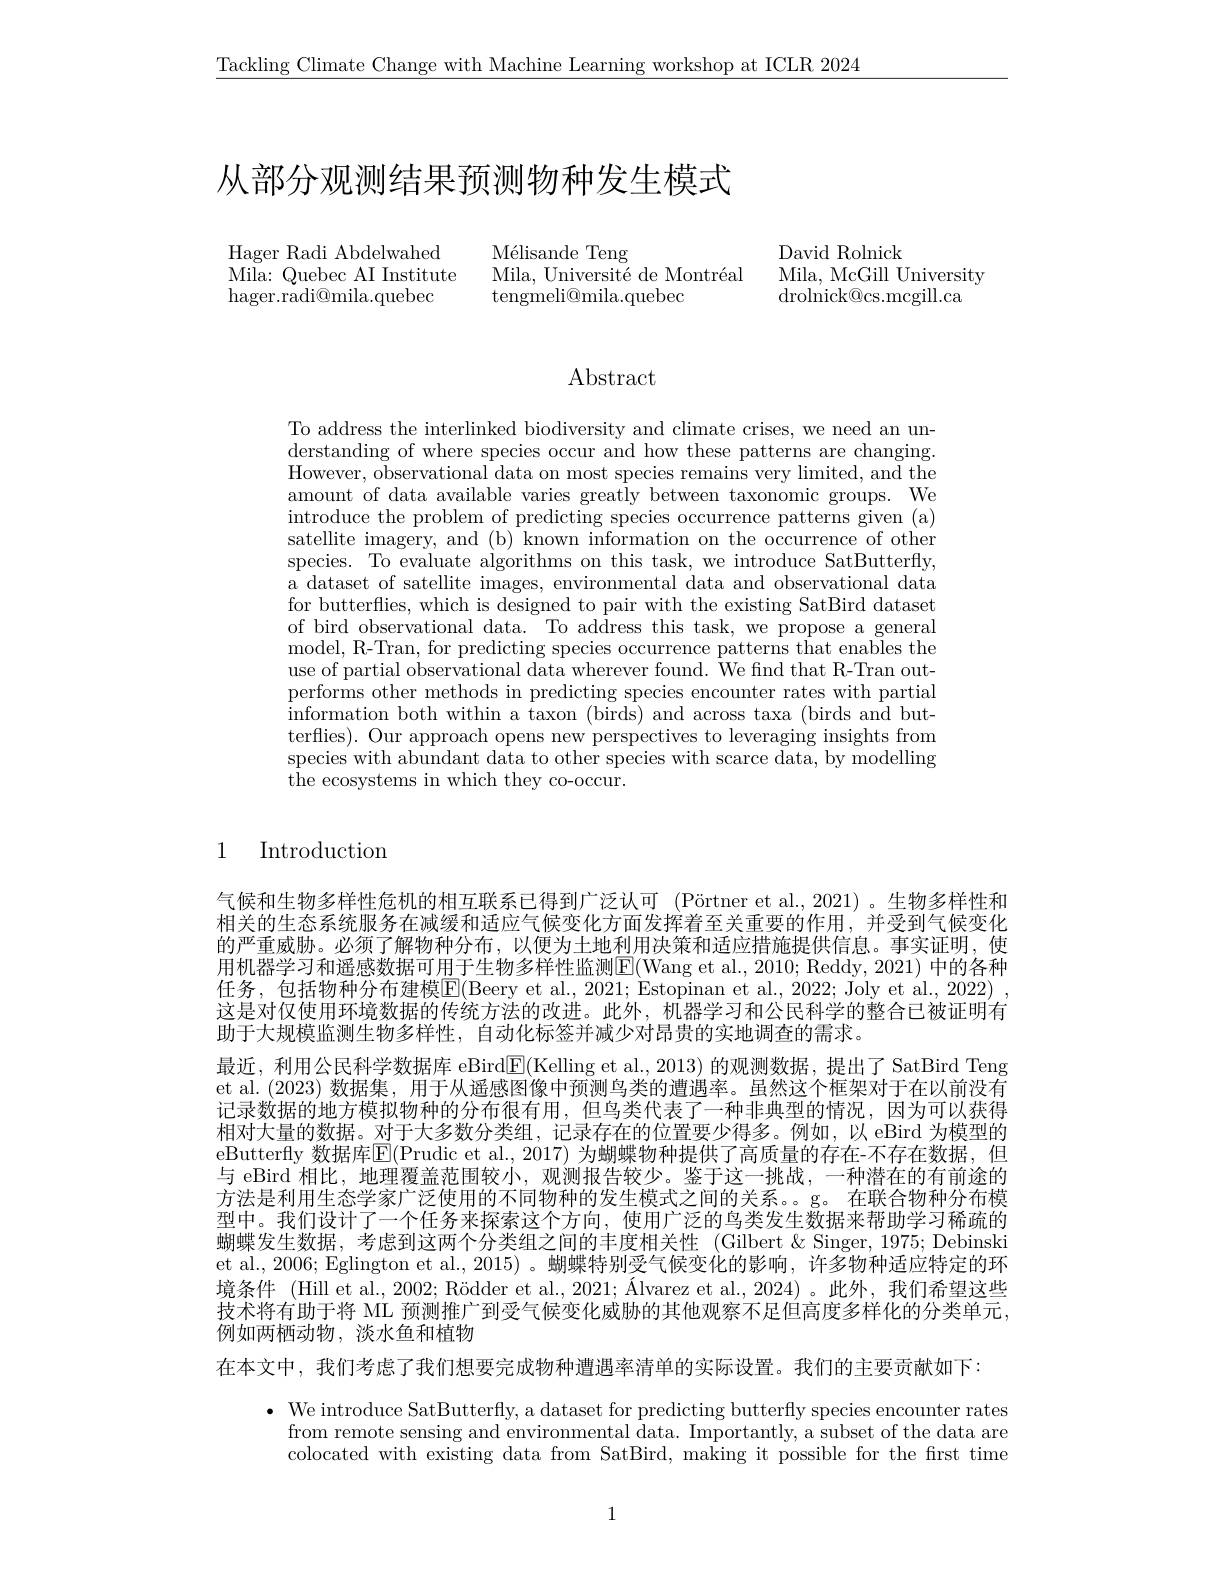
$\underline{\text{Tackling Climate Change with Machine Learning workshop at ICLR 2024}}$

# 从部分观测结果预测物种发生模式

Mélisande Teng
Mila, Université de Montréal
tengmeli@mila.quebec

Hager Radi Abdelwahed Mila: Quebec AI Institute ${\mathrm{hager.radi@mila.quebec}}$

David Rolnick
Mila, McGill University
$\operatorname{drolnick@cs.mcgill.ca}$

## Abstract

To address the interlinked biodiversity and climate crises, we need an understanding of where species occur and how these patterns are changing. However, observational data on most species remains very limited, and the amount of data available varies greatly between taxonomic groups. We introduce the problem of predicting species occurrence patterns given (a) satellite imagery, and (b) known information on the occurrence of other species. To evaluate algorithms on this task, we introduce SatButterfly. a dataset of satellite images, environmental data and observational data for butterflies, which is designed to pair with the existing SatBird dataset of bird observational data. To address this task, we propose a general model, R-Tran, for predicting species occurrence patterns that enables the use of partial observational data wherever found. $\bar{\text{We fnd that R-Tran out-}}$ performs other methods in predicting species encounter rates with partial information both within a taxon ( birds) and across taxa ( birds and but- ). terflies). Our approach opens new perspectives to leveraging insights from species with abundant data to other species with scarce data, by modelling the ecosystems in which they co-occur.

Introduction

1

气候和生物多样性危机的相互联系已得到广泛认可 (Pörtner et al.,2021)。生物多样性和相关的生态系统服务在减缓和适应气候变化方面发挥着至关重要的作用，并受到气候变化的严重威胁。必须了解物种分布，以便为土地利用决策和适应措施提供信息。事实证明，使用机器学习和遥感数据可用于生物多样性监测$\boxed{\mathrm{E}}($Wang et al., 2010; Reddy, 2021) 中的各种任务，包括物种分布建模$\boxed{\mathrm{E}}($Beery et al., 2021; Estopinan et al., 2022; Joly et al., 2022) , 这是对仅使用环境数据的传统方法的改进。此外，机器学习和公民科学的整合已被证明有助于大规模监测生物多样性，自动化标签并减少对昂贵的实地调查的需求。
最近，利用公民科学数据库 eBird$\overline{\mathrm{E}}($Kelling et al., 2013) 的观测数据，提出了 SatBird Teng et al. (2023) 数据集，用于从遥感图像中预测鸟类的遭遇率。虽然这个框架对于在以前没有记录数据的地方模拟物种的分布很有用，但鸟类代表了一种非典型的情况，因为可以获得相对大量的数据。对于大多数分类组，记录存在的位置要少得多。例如，以 eBird 为模型的eButterfly 数据库$\overline{\mathbb{E}}($Prudic et al., 2017)为蝴蝶物种提供了高质量的存在-不存在数据，但与 eBird 相比，地理覆盖范围较小，观测报告较少。鉴于这一挑战，一种潜在的有前途的方法是利用生态学家广泛使用的不同物种的发生模式之间的关系。g。在联合物种分布模型中。我们设计了一个任务来探索这个方向，使用广泛的鸟类发生数据来帮助学习稀疏的蝴蝶发生数据，考虑到这两个分类组之间的丰度相关性 (Gilbert &Singer, 1975; Debinski et al.,2006; Eglington et al.,2015) 。蝴蝶特别受气候变化的影响，许多物种适应特定的环境条件 (Hill et al., 2002; Rödder et al., 2021; Álvarez et al., 2024)。此外，我们希望这些技术将有助于将 ML 预测推广到受气候变化威胁的其他观察不足但高度多样化的分类单元， 例如两栖动物，淡水鱼和植物

在本文中，我们考虑了我们想要完成物种遭遇率清单的实际设置。我们的主要贡献如下：

$\bullet$ We introduce SatButterfly, a dataset for predicting butterfly species encounter rates
from remote sensing and environmental data. Importantly, a subset of the data are colocated with existing data from SatBird, making it possible for the first time

1